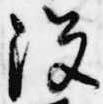
没